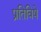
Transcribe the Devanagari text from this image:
प्रतिविषे